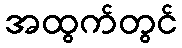
အထွက်တွင်